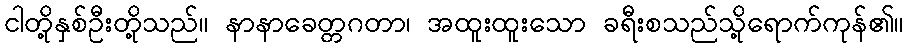
ငါတို့နှစ်ဦးတို့သည်။ နာနာခေတ္တဂတာ၊ အထူးထူးသော ခရီးစသည်သို့ရောက်ကုန်၏။